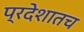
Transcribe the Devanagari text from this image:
प्रदेशातच